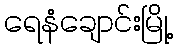
ရေနံချောင်းမြို့